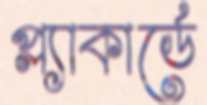
প্ল্যাকার্ডে